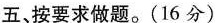
五、按要求做题。(16分)